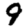
Digit: 9